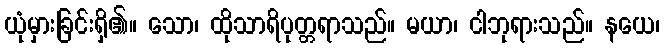
ယုံမှားခြင်းရှိ၏။ သော၊ ထိုသာရိပုတ္တရာသည်။ မယာ၊ ငါဘုရားသည်။ နယေ၊